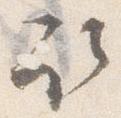
取